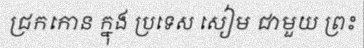
ជ្រកកោន ក្នុង ប្រទេស សៀម ជាមួយ ព្រះ